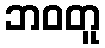
ဘဝတူ